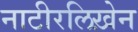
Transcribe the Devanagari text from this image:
नाटीरलिख़ेन